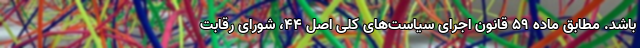
باشد. مطابق ماده ۵۹ قانون اجرای سیاست‌های کلی اصل ۴۴، شورای رقابت